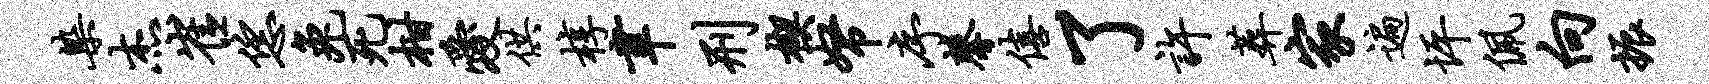
染杰崔恁兔死柑爱供椁聿刑楔帑序馨僖了许葬家遍坪佩向振